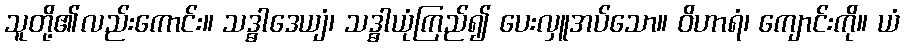
သူတို့၏လည်းကောင်း။ သဒ္ဓါဒေယျံ၊ သဒ္ဓါယုံကြည်၍ ပေးလှူအပ်သော။ ဝိဟာရံ၊ ကျောင်းကို။ ယံ